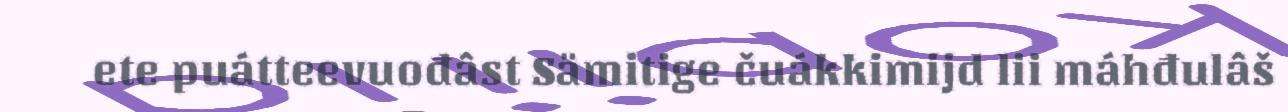
ete puátteevuođâst Sämitige čuákkimijd lii máhđulâš